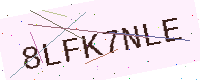
Text: 8LFK7NLE